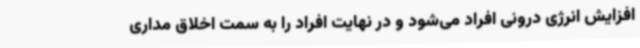
افزایش انرژی درونی افراد می‌شود و در نهایت افراد را به سمت اخلاق مداری